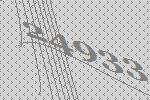
24933